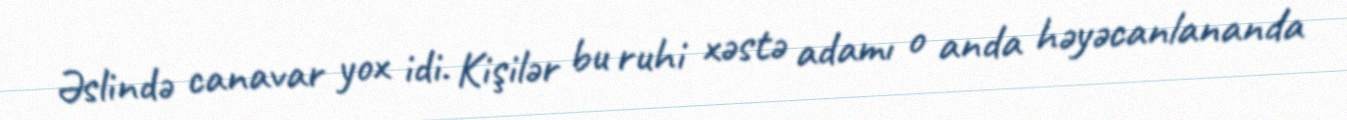
Əslində canavar yox idi. Kişilər bu ruhi xəstə adamı o anda həyəcanlananda